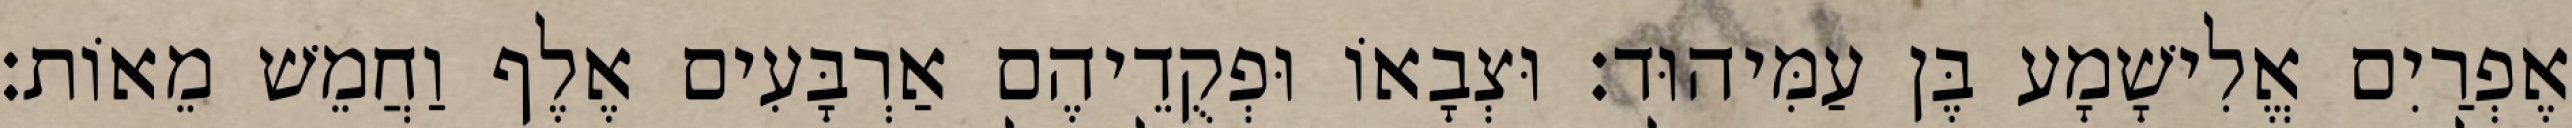
אֶפְרַיִם אֱלִישָׁמָע בֶּן עַמִּיהוּד׃ וּצְבָאוֹ וּפְקֻדֵיהֶם אַרְבָּעִים אֶלֶף וַחֲמֵשׁ מֵאוֹת׃